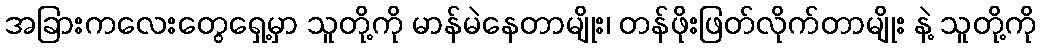
အခြားကလေးတွေရှေ့မှာ သူတို့ကို မာန်မဲနေတာမျိုး၊ တန်ဖိုးဖြတ်လိုက်တာမျိုး နဲ့ သူတို့ကို